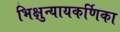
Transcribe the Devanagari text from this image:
भिक्षुन्यायकर्णिका